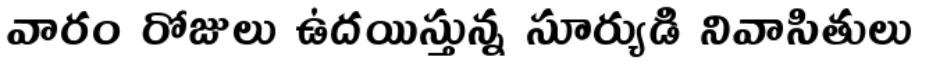
వారం రోజులు ఉదయిస్తున్న సూర్యుడి నివాసితులు